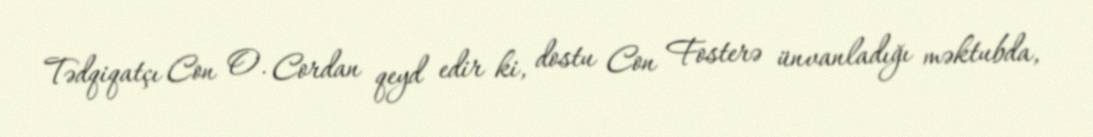
Tədqiqatçı Con O. Cordan qeyd edir ki, dostu Con Fosterə ünvanladığı məktubda,